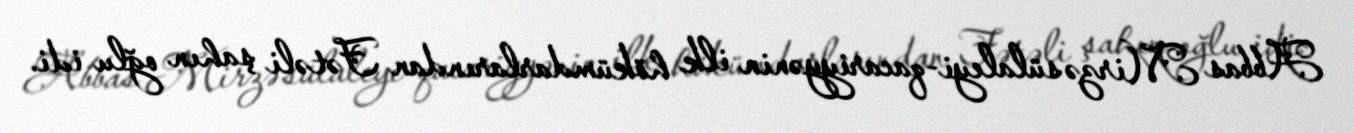
Abbas Mirzə sülaleyi-qacariyyənin ilk hökümdarlarından Fətəli şahın oğlu idi.